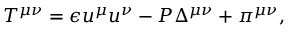
T ^ { \mu \nu } = \epsilon u ^ { \mu } u ^ { \nu } - P \Delta ^ { \mu \nu } + \pi ^ { \mu \nu } ,